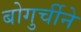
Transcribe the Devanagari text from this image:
बोगुर्चीने